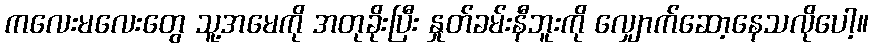
ကလေးမလေးတွေ သူ့အမေကို အတုခိုးပြီး နှုတ်ခမ်းနီဘူးကို လျှောက်ဆော့နေသလိုပေါ့။